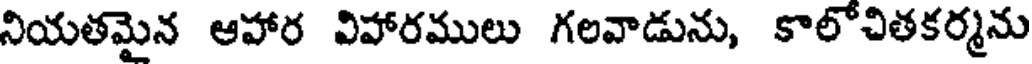
నియతమైన ఆహార విహారములు గలవాడును, కాలోచితకర్మను